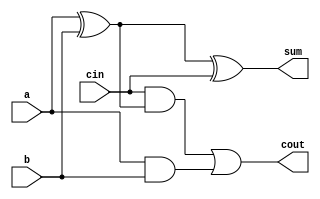
module FA_Structural(a,b,cin,sum,cout);
	input a,b,cin;
    output sum,cout;
    wire x,y,z;

    xor(x,a,b);
    xor(sum,x,cin);
    and(y,cin,x);
    and(z,a,b);
    or(cout,y,z);
endmodule

//64 bit addition
module RPA(a,b,cin,sum,cout);
	input [63:0] a,b;
    input cin;

    output wire [63:0] sum;
    output wire cout;
	wire c0,c1,c2,c3,c4,c5,c6,c7,c8,c9,c10,c11,c12,c13,c14,c15,c16,c17,c18,c19,c20,c21,c22,c23,c24,c25,c26,c27,c28,c29,c30,c31,c32,c33,c34,c35,c36,c37,c38,c39,c40,c41,c42,c43,c44,c45,c46,c47,c48,c49,c50,c51,c52,c53,c54,c55,c56,c57,c58,c59,c60,c61,c62;

	
	FA_Structural fa1(a[0],b[0],cin,sum[0],c0);
	FA_Structural fa2(a[1],b[1],c0,sum[1],c1);
	FA_Structural fa3(a[2],b[2],c1,sum[2],c2);
	FA_Structural fa4(a[3],b[3],c2,sum[3],c3);
    FA_Structural fa5(a[4],b[4],c3,sum[4],c4);
    FA_Structural fa6(a[5],b[5],c4,sum[5],c5);
    FA_Structural fa7(a[6],b[6],c5,sum[6],c6);
    FA_Structural fa8(a[7],b[7],c6,sum[7],c7);
    FA_Structural fa9(a[8],b[8],c7,sum[8],c8);
    FA_Structural fa10(a[9],b[9],c8,sum[9],c9);
    FA_Structural fa11(a[10],b[10],c9,sum[10],c10);
    FA_Structural fa12(a[11],b[11],c10,sum[11],c11);
    FA_Structural fa13(a[12],b[12],c11,sum[12],c12);
    FA_Structural fa14(a[13],b[13],c12,sum[13],c13);
    FA_Structural fa15(a[14],b[14],c13,sum[14],c14);
    FA_Structural fa16(a[15],b[15],c14,sum[15],c15);
    FA_Structural fa17(a[16],b[16],c15,sum[16],c16);
    FA_Structural fa18(a[17],b[17],c16,sum[17],c17);
    FA_Structural fa19(a[18],b[18],c17,sum[18],c18);
    FA_Structural fa20(a[19],b[19],c18,sum[19],c19);
    FA_Structural fa21(a[20],b[20],c19,sum[20],c20);
    FA_Structural fa22(a[21],b[21],c20,sum[21],c21);
    FA_Structural fa23(a[22],b[22],c21,sum[22],c22);
    FA_Structural fa24(a[23],b[23],c22,sum[23],c23);
    FA_Structural fa25(a[24],b[24],c23,sum[24],c24);
    FA_Structural fa26(a[25],b[25],c24,sum[25],c25);
    FA_Structural fa27(a[26],b[26],c25,sum[26],c26);
    FA_Structural fa28(a[27],b[27],c26,sum[27],c27);
    FA_Structural fa29(a[28],b[28],c27,sum[28],c28);
    FA_Structural fa30(a[29],b[29],c28,sum[29],c29);
    FA_Structural fa31(a[30],b[30],c29,sum[30],c30);
    FA_Structural fa32(a[31],b[31],c30,sum[31],c31);
    FA_Structural fa33(a[32],b[32],c31,sum[32],c32);
    FA_Structural fa34(a[33],b[33],c32,sum[33],c33);
    FA_Structural fa35(a[34],b[34],c33,sum[34],c34);
    FA_Structural fa36(a[35],b[35],c34,sum[35],c35);
    FA_Structural fa37(a[36],b[36],c35,sum[36],c36);	
    FA_Structural fa38(a[37],b[37],c36,sum[37],c37);
    FA_Structural fa39(a[38],b[38],c37,sum[38],c38);
    FA_Structural fa40(a[39],b[39],c38,sum[39],c39);
    FA_Structural fa41(a[40],b[40],c39,sum[40],c40);
    FA_Structural fa42(a[41],b[41],c40,sum[41],c41);
    FA_Structural fa43(a[42],b[42],c41,sum[42],c42);
    FA_Structural fa44(a[43],b[43],c42,sum[43],c43);
    FA_Structural fa45(a[44],b[44],c43,sum[44],c44);
    FA_Structural fa46(a[45],b[45],c44,sum[45],c45);
    FA_Structural fa47(a[46],b[46],c45,sum[46],c46);
    FA_Structural fa48(a[47],b[47],c46,sum[47],c47);
    FA_Structural fa49(a[48],b[48],c47,sum[48],c48);
    FA_Structural fa50(a[49],b[49],c48,sum[49],c49);
    FA_Structural fa51(a[50],b[50],c49,sum[50],c50);
    FA_Structural fa52(a[51],b[51],c50,sum[51],c51);
    FA_Structural fa53(a[52],b[52],c51,sum[52],c52);
    FA_Structural fa54(a[53],b[53],c52,sum[53],c53);
    FA_Structural fa55(a[54],b[54],c53,sum[54],c54);
    FA_Structural fa56(a[55],b[55],c54,sum[55],c55);
    FA_Structural fa57(a[56],b[56],c55,sum[56],c56);
    FA_Structural fa58(a[57],b[57],c56,sum[57],c57);
    FA_Structural fa59(a[58],b[58],c57,sum[58],c58);
    FA_Structural fa60(a[59],b[59],c58,sum[59],c59);
    FA_Structural fa61(a[60],b[60],c59,sum[60],c60);
    FA_Structural fa62(a[61],b[61],c60,sum[61],c61);
    FA_Structural fa63(a[62],b[62],c61,sum[62],c62);
    FA_Structural fa64(a[63],b[63],c62,sum[63],cout);

endmodule